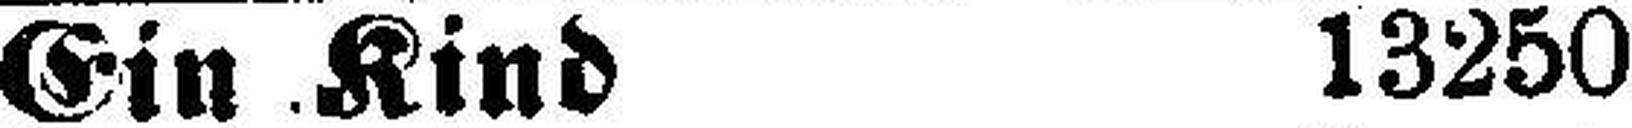
Ein Kind 13250